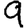
Digit: 9